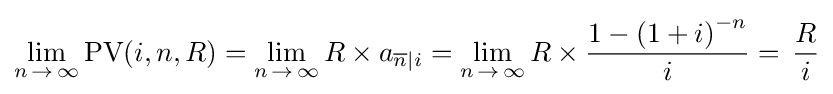
\lim _{n\,\rightarrow \,\infty }{\text{PV}}(i,n,R)=\lim _{n\,\rightarrow \,\infty }R\times a_{{\overline {n}}|i}=\lim _{n\,\rightarrow \,\infty }R\times {\frac {1-\left(1+i\right)^{-n}}{i}}=\,{\frac {R}{i}}